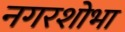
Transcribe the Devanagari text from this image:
नगरशोभा